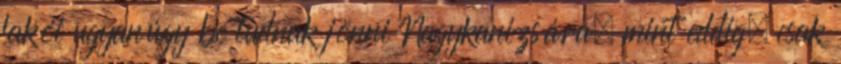
lakói ugyanúgy be tudnak jönni Nagykanizsára, mint eddig, csak